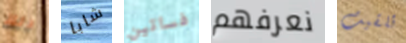
دلك شابا فساتين نعرفهم تلقيت